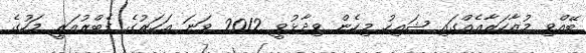
ބޭއްވި މުޒާހަރާއެއްގައި ޝައިހު މިހެން ވިދާޅުވީ 2012 ވަނަ އަހަރުގެ ފެބްރުއަރީ މަހުގެ